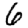
Digit: 6